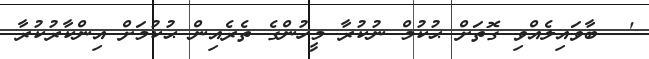
'  ބާވައިލެއްވި ގޮތަށް ޙުކުމް ނުކުރާ މީހުންގެ ތެރެއިން ޙުކުމަށް އިންކާރުކުރާ